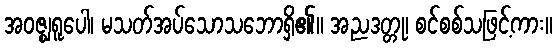
အဝဇ္ဈရူပေါ၊ မသတ်အပ်သောသဘောရှိ၏။ အညဒတ္တု၊ စင်စစ်သဖြင့်ကား။